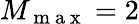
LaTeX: M_{\mathrm{~m~a~x~}}=2